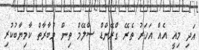
އަދި މިއީ އެއް އަހަރު ތެރޭ ގްރޭންޑް ސްލޭމް ތިން މުބާރާތް ކާމިޔާބުކުރި